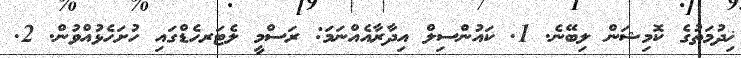
ޚިދުމަތުގެ ކޮމިޝަން ލިބޭނެ. 1. ކައުންސިލް އިދާރާއެއްނަމަ: ރަސްމީ ލެޓަރހެޑްގައި ހުށަހެޅުއްވުން. 2.